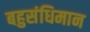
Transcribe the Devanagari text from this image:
बहुसंधिमान